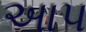
અાપ